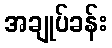
အချုပ်ခန်း